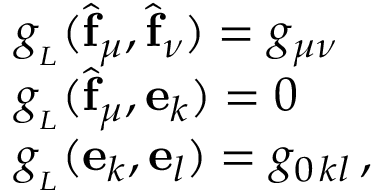
\begin{array} { l l } { { g _ { _ L } ( \widehat { \mathbf { f } } _ { \mu } , \widehat { \mathbf { f } } _ { \nu } ) = g _ { \mu \nu } } } \\ { { g _ { _ L } ( \widehat { \mathbf { f } } _ { \mu } , \mathbf { e } _ { k } ) = 0 } } \\ { { g _ { _ L } ( \mathbf { e } _ { k } , \mathbf { e } _ { l } ) = g _ { 0 \, k l } \, , } } \end{array}